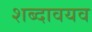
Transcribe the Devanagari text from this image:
शब्दावयव